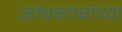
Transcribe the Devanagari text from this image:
जाधवरावांच्या